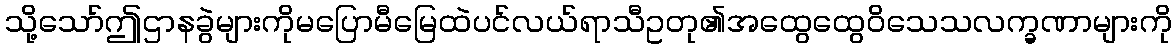
သို့သော်ဤဌာနခွဲများကိုမပြောမီမြေထဲပင်လယ်ရာသီဥတု၏အထွေထွေဝိသေသလက္ခဏာများကို